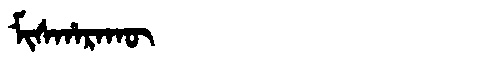
Manchu: ᠮᡳᠰᡥᠠᡵᠠᡴᡡ
Romanization: MISHARAKŪ